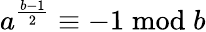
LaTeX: a^{\frac{b-1}{2}}\equiv-1{\bmod{b}}